Dysentery and liver abscess in Bombay - Number 47
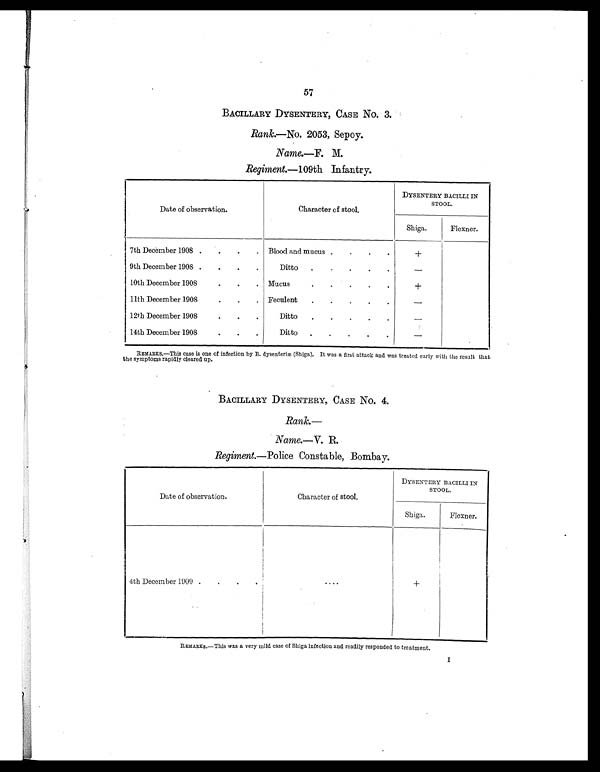
57
BACILLARY DYSENTERY, CASE No. 3.
Rank.—No. 2053, Sepoy.
Name.—F. M.
Regiment- 109th Infantry.
Date of observation.
Character of stool.
DYSENTERY BACILLI IN
STOOL.
Shiga.
Flexner.
7th December 1908.
. Blood and mucus .
.
.
.
+
9th December 1908
D i t t o
–
10th December 1908. Mucus
.
.
.
.
.
+
11th December 1908. Feculent
.
.
.
.
.
–
12th December 1908
.
. .
Ditto
.
. .
.
.
–
14th December 1908.
.
.
Ditto
.
.
.
–
REMARKS.—This case is one of infection by B. dysenteriæ (Shiga). It was a first attack and was treated early with the result that
the symptoms rapidly cleared up.
BACILLARY DYSENTERY, CASE No. 4.
Rank.
—
Name.—V. R.
Regiment.— Police Constable, Bombay.
Date of observation.
Character of stool.
DYSENTERY BACILLI IN
STOOL.
Shiga.
Flexner.
4th December 1900.
.
.
....
+
REMARKS.—This was a very mild case of Shiga infection and readily responded to treatment.
I